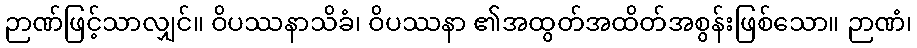
ဉာဏ်ဖြင့်သာလျှင်။ ဝိပဿနာသိခံ၊ ဝိပဿနာ ၏အထွတ်အထိတ်အစွန်းဖြစ်သော။ ဉာဏံ၊